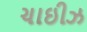
ચાઇીઝ